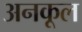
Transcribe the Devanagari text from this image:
अनकूल